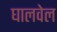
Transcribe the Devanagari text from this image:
घालवेल